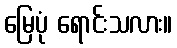
မြေပုံ ရောင်းသလား။